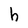
Character: h